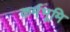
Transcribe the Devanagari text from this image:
कर्मभूमि